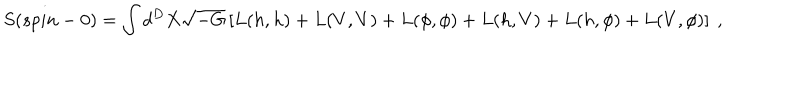
LaTeX: S ( s p i n - 0 ) = \int d ^ { D } X \sqrt { - G } \left[ L ( h , h ) + L ( V , V ) + L ( \phi , \phi ) + L ( h , V ) + L ( h , \phi ) + L ( V , \phi ) \right] ~ ,